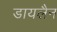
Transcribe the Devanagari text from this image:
डायलैन